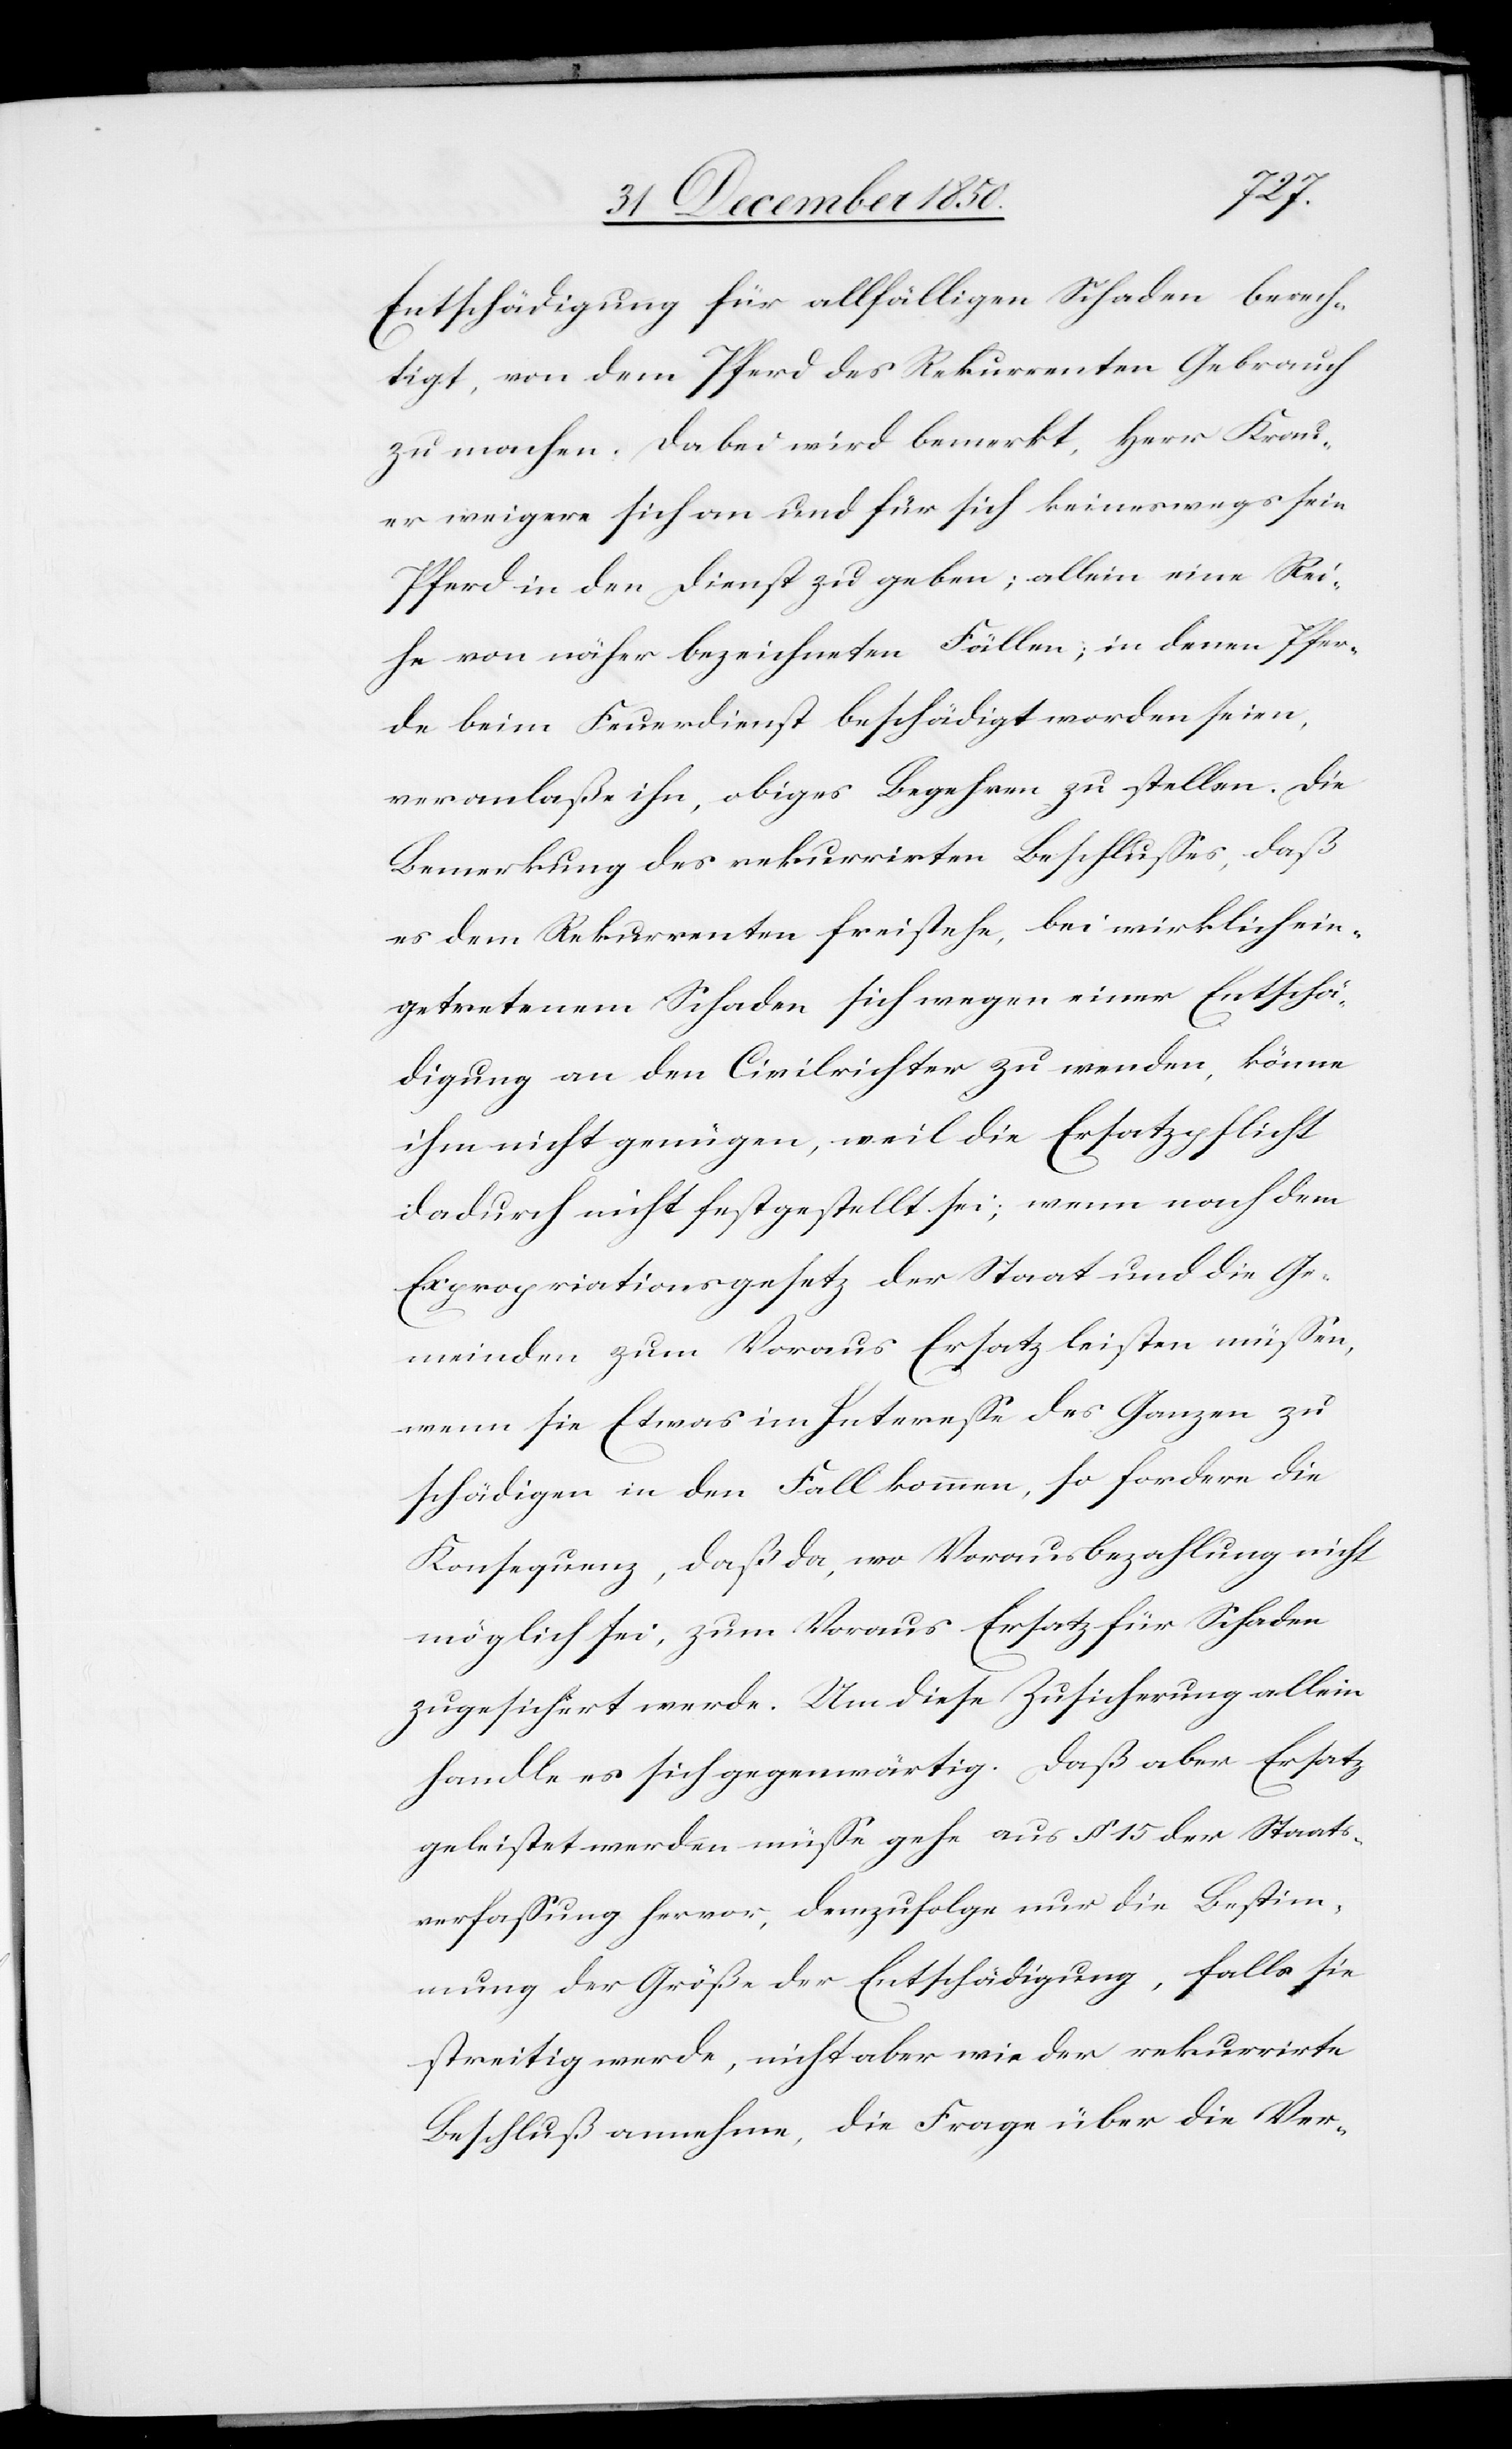
Entschädigung für allfälligen Schaden berech¬
tigt, von dem Pferd des Rekurrenten Gebrauch
zu machen. Dabei wird bemerkt, Herr Krau¬
er weigere sich an und für sich keineswegs sein
Pferd in den Dienst zu geben; allein eine Rei¬
he von näher bezeichneten Fällen, in denen Pfer¬
de beim Feuerdienst beschädigt worden seien,
veranlaße ihn, obiges Begehren zu stellen. Die
Bemerkung des rekurrirten Beschlusses, daß
es dem Rekurrenten freistehe, bei wirklich ein¬
getretenem Schaden sich wegen einer Entschä¬
digung an den Civilrichter zu wenden, könne
ihm nicht genügen, weil die Ersatzpflicht
dadurch nicht festgestellt sei; wenn nach dem
Expropriationsgesetz der Staat und die Ge¬
meinden zum Voraus Ersatz leisten müssen,
wenn sie Etwas im Interesse des Ganzen zu
schädigen in den Fall kommen, so fordere die
Konsequenz, daß da, wo Vorausbezahlung nicht
möglich sei, zum Voraus Ersatz für Schaden
zugesichert werde. Um diese Zusicherung allein
handle es sich gegenwärtig. Daß aber Ersatz
geleistet werden müsse gehe aus § 15 der Staats¬
verfassung hervor, demzufolge nur die Bestim¬
mung der Größe der Entschädigung, falls sie
streitig werde, nicht aber wie der rekurrirte
Beschluß annehme, die Frage über die Ver-